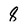
Character: 8